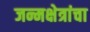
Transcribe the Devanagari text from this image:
जन्मक्षेत्रांचा